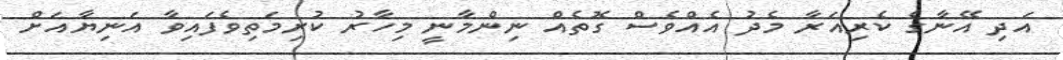
އަދި އޭނާގެ ކެރިއަރާ މެދު އެއްވެސް ގޮތެއް ނިންމާނީ މިހާރު ކުރިމަތިވެފައިވާ އަނިޔާއަށް